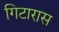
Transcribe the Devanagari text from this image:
गिटारास